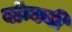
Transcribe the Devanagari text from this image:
बॉम्बनी